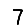
Digit: 7